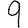
Digit: 9